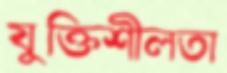
যুক্তিশীলতা